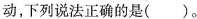
动，下列说法正确的是（）。